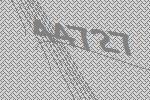
44727